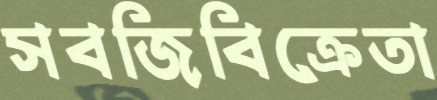
সবজিবিক্রেতা